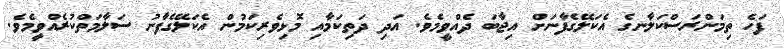
ފަހެ ތިމަންރަސްކަލާނގެ އެކަލޭގެފާނަށް އިޖާބަ ދެއްވީމެވެ. އަދި ދަތިކަމާއި މޮޅިވެރިކަމުން އެކަލޭގެފާނު ސަލާމަތްކުރެއްވީމެވެ.